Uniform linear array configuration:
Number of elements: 64
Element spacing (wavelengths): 0.75
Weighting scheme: hamming
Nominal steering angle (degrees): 45
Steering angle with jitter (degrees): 44.816
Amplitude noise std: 0.05
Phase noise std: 0.05

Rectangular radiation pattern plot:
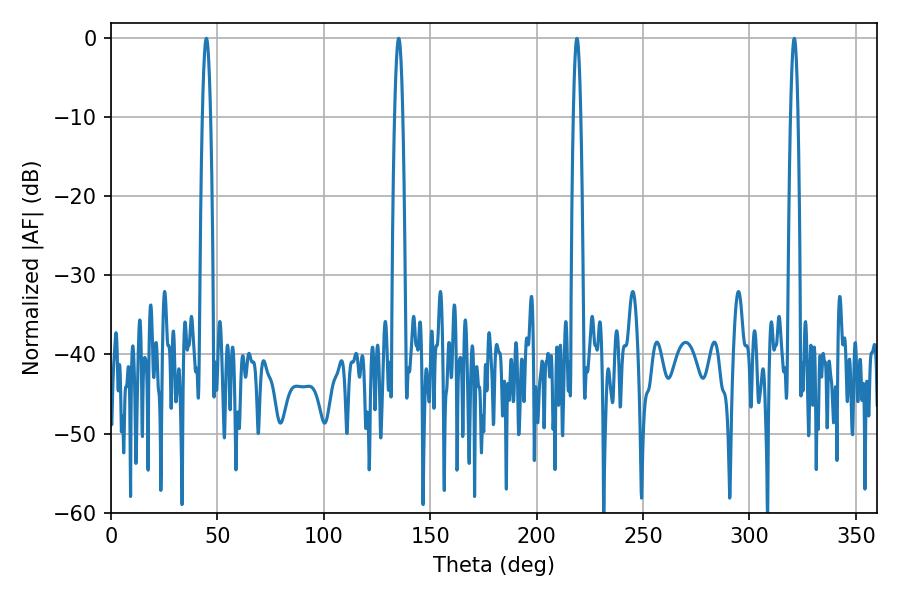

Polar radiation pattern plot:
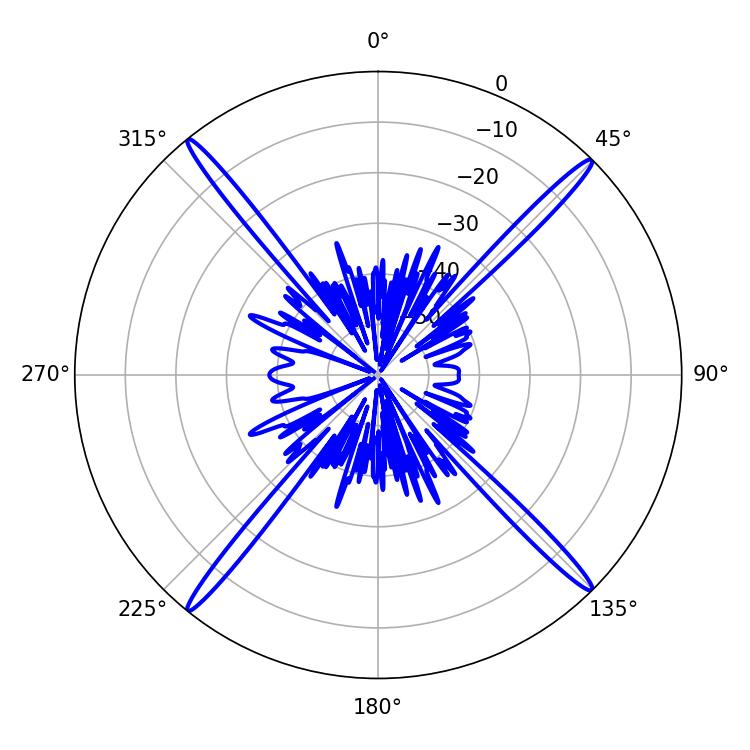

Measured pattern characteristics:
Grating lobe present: TRUE
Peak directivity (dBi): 22.763
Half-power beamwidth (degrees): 2.16
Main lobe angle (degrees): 44.82